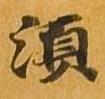
須